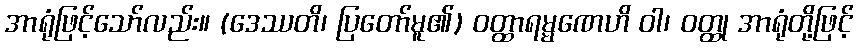
အာရုံဖြင့်သော်လည်း။ (ဒေဿတိ၊ ပြတော်မူ၏) ဝတ္ထာရမ္မဏေဟိ ဝါ၊ ဝတ္ထု အာရုံတို့ဖြင့်